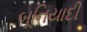
બૂનિયાદી